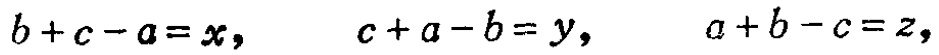
\(b + c - a = x,\quad c + a - b = y,\quad a + b - c = z,\)